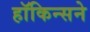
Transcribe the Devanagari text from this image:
हॉकिन्सने